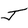
Character: J